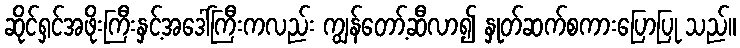
ဆိုင်ရှင်အဖိုးကြီးနှင့်အဒေါ်ကြီးကလည်း ကျွန်တော့်ဆီလာ၍ နှုတ်ဆက်စကားပြောပြု သည်။